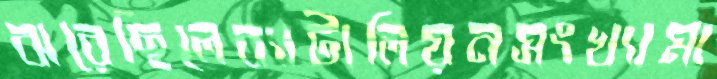
ঝরেছিলেব্যাটালিয়নসংখ্যামা